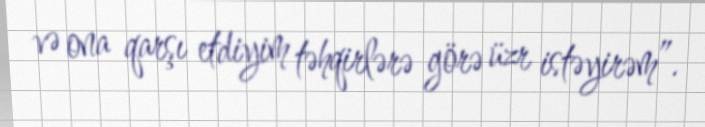
və ona qarşı etdiyim təhqirlərə görə üzr istəyirəm”.